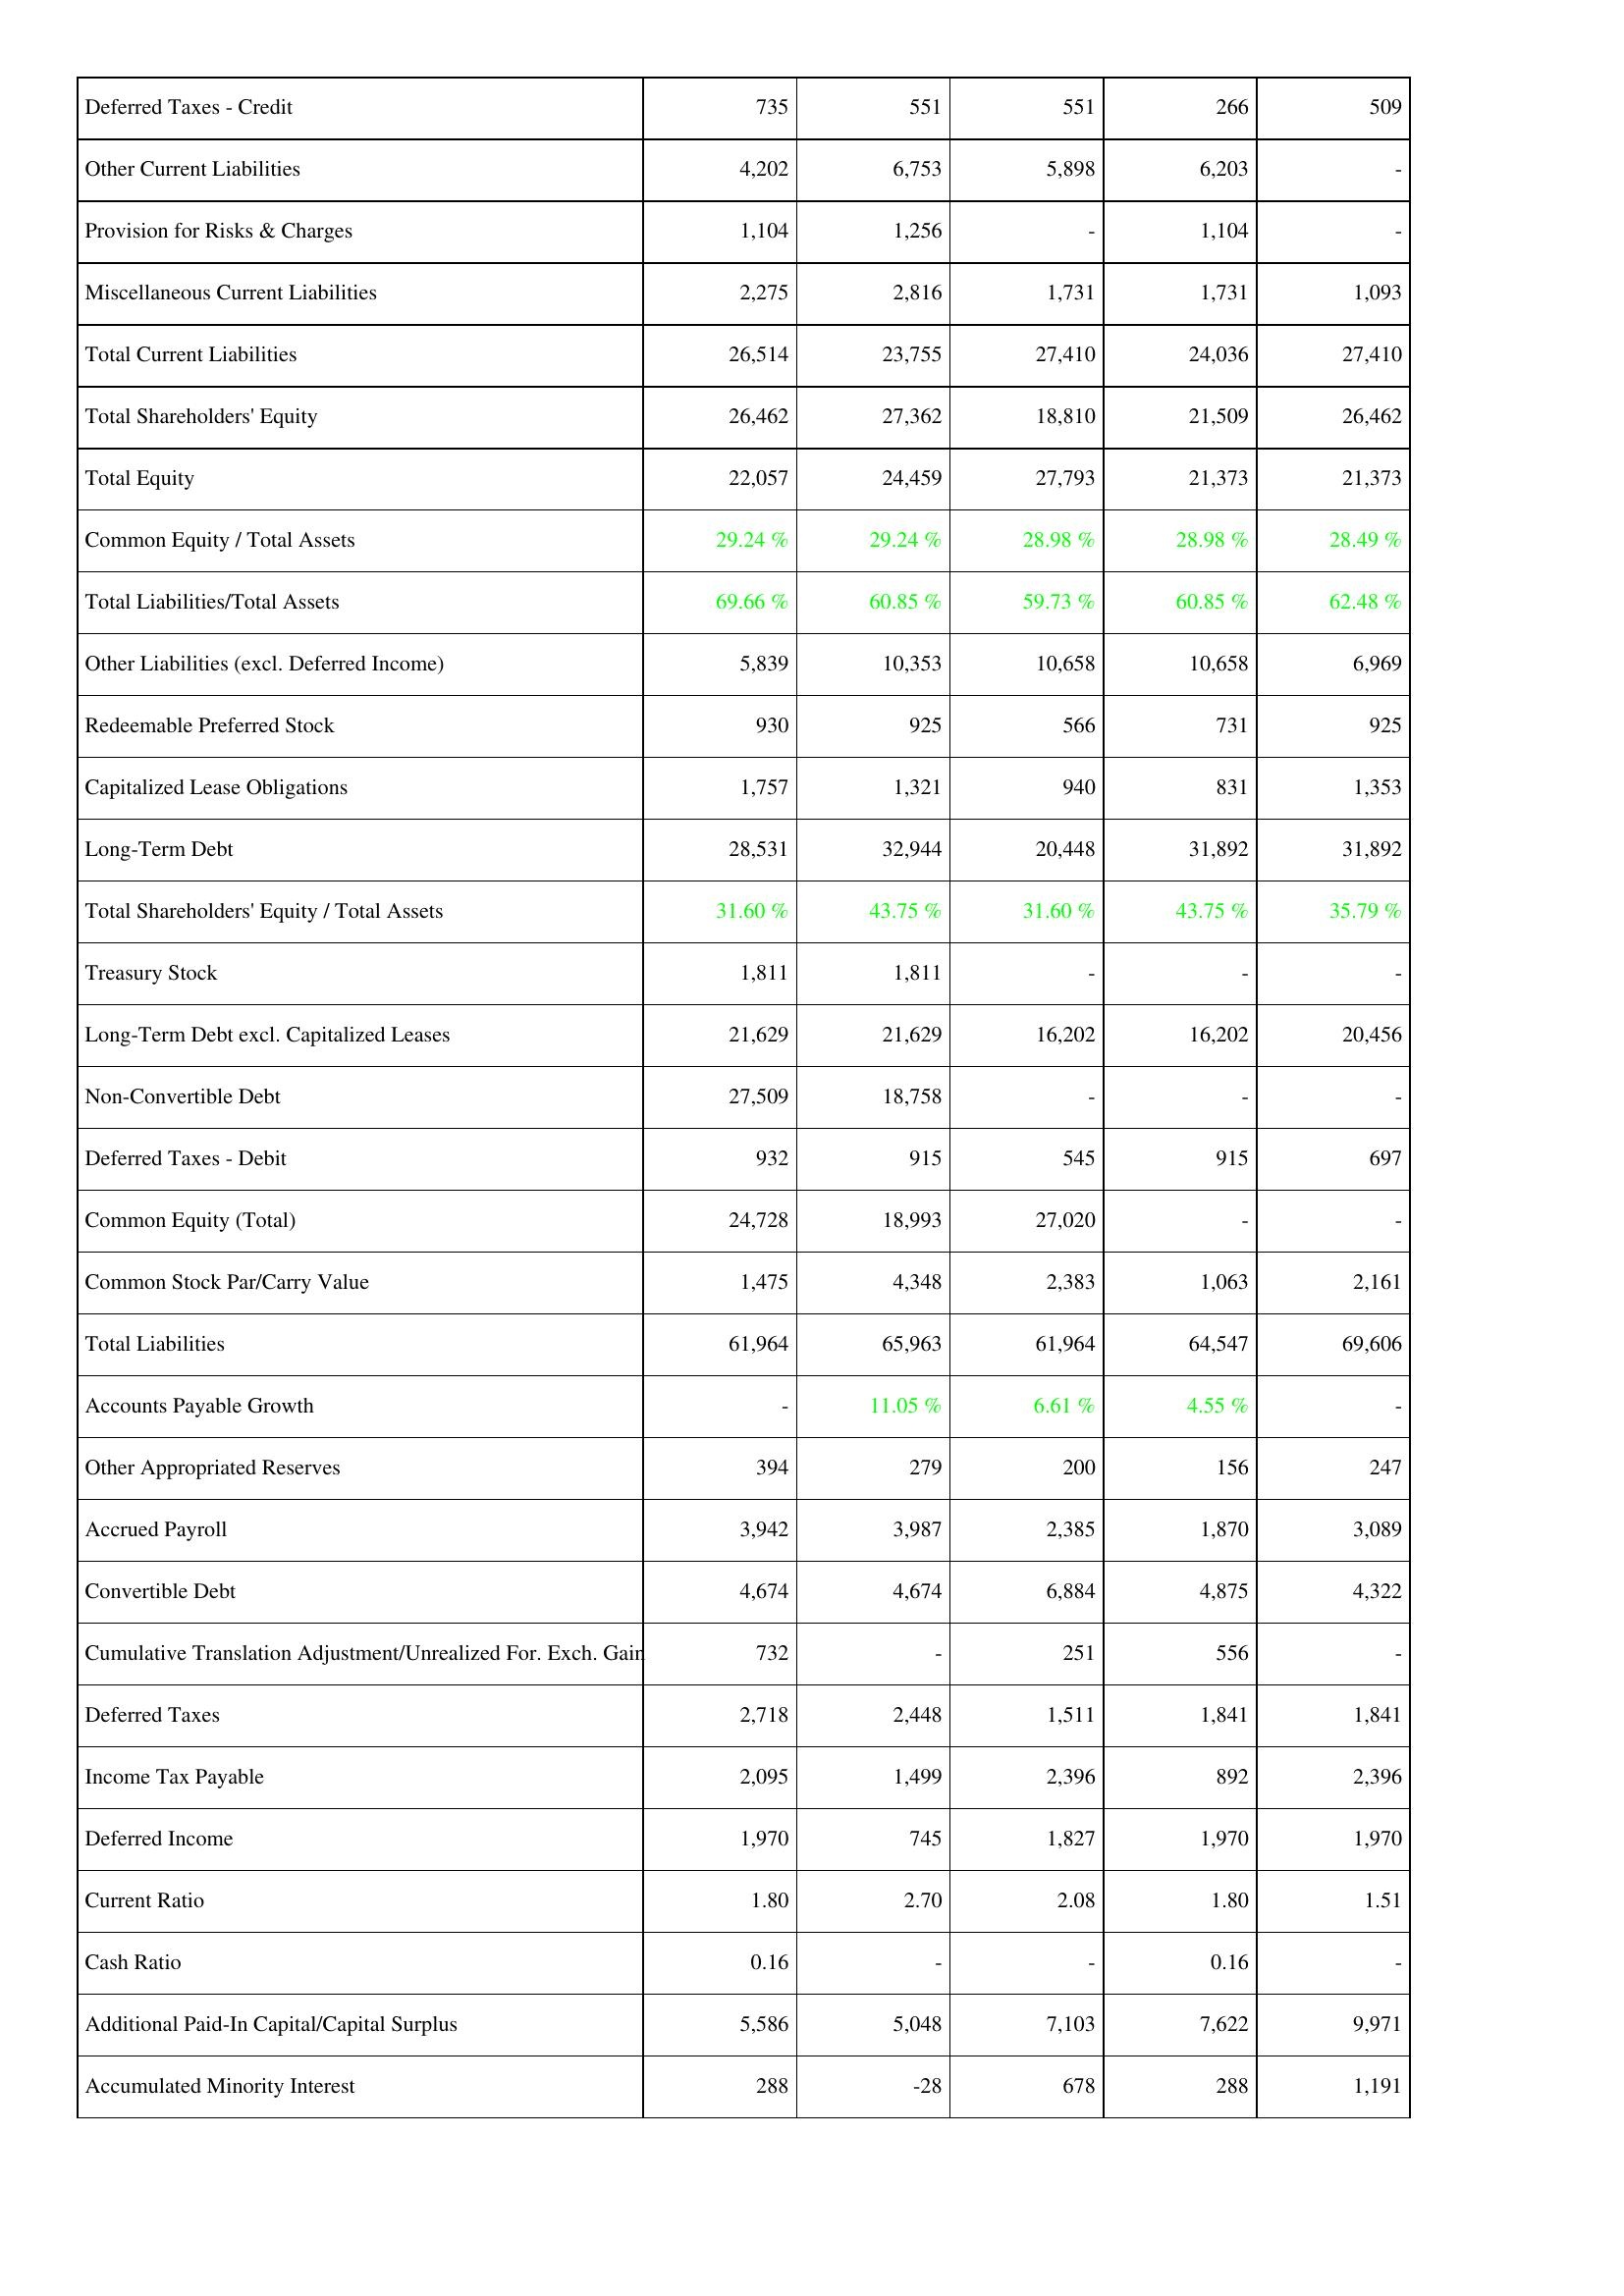
2018: Liabilities & Shareholders' Equity: Deferred Taxes - Credit: 735
Other Current Liabilities: 4,202
Provision for Risks & Charges: 1,104
Miscellaneous Current Liabilities: 2,275
Total Current Liabilities: 26,514
Total Shareholders' Equity: 26,462
Total Equity: 22,057
Common Equity / Total Assets: 29.24 %
Total Liabilities/Total Assets: 69.66 %
Other Liabilities (excl. Deferred Income): 5,839
Redeemable Preferred Stock: 930
Capitalized Lease Obligations: 1,757
Long-Term Debt: 28,531
Total Shareholders' Equity / Total Assets: 31.60 %
Treasury Stock: 1,811
Long-Term Debt excl. Capitalized Leases: 21,629
Non-Convertible Debt: 27,509
Deferred Taxes - Debit: 932
Common Equity (Total): 24,728
Common Stock Par/Carry Value: 1,475
Total Liabilities: 61,964
Accounts Payable Growth: -
Other Appropriated Reserves: 394
Accrued Payroll: 3,942
Convertible Debt: 4,674
Cumulative Translation Adjustment/Unrealized For. Exch. Gain: 732
Deferred Taxes: 2,718
Income Tax Payable: 2,095
Deferred Income: 1,970
Current Ratio: 1.80
Cash Ratio: 0.16
Additional Paid-In Capital/Capital Surplus: 5,586
Accumulated Minority Interest: 288
2017: Liabilities & Shareholders' Equity: Deferred Taxes - Credit: 551
Other Current Liabilities: 6,753
Provision for Risks & Charges: 1,256
Miscellaneous Current Liabilities: 2,816
Total Current Liabilities: 23,755
Total Shareholders' Equity: 27,362
Total Equity: 24,459
Common Equity / Total Assets: 29.24 %
Total Liabilities/Total Assets: 60.85 %
Other Liabilities (excl. Deferred Income): 10,353
Redeemable Preferred Stock: 925
Capitalized Lease Obligations: 1,321
Long-Term Debt: 32,944
Total Shareholders' Equity / Total Assets: 43.75 %
Treasury Stock: 1,811
Long-Term Debt excl. Capitalized Leases: 21,629
Non-Convertible Debt: 18,758
Deferred Taxes - Debit: 915
Common Equity (Total): 18,993
Common Stock Par/Carry Value: 4,348
Total Liabilities: 65,963
Accounts Payable Growth: 11.05 %
Other Appropriated Reserves: 279
Accrued Payroll: 3,987
Convertible Debt: 4,674
Cumulative Translation Adjustment/Unrealized For. Exch. Gain: -
Deferred Taxes: 2,448
Income Tax Payable: 1,499
Deferred Income: 745
Current Ratio: 2.70
Cash Ratio: -
Additional Paid-In Capital/Capital Surplus: 5,048
Accumulated Minority Interest: -28
2016: Liabilities & Shareholders' Equity: Deferred Taxes - Credit: 551
Other Current Liabilities: 5,898
Provision for Risks & Charges: -
Miscellaneous Current Liabilities: 1,731
Total Current Liabilities: 27,410
Total Shareholders' Equity: 18,810
Total Equity: 27,793
Common Equity / Total Assets: 28.98 %
Total Liabilities/Total Assets: 59.73 %
Other Liabilities (excl. Deferred Income): 10,658
Redeemable Preferred Stock: 566
Capitalized Lease Obligations: 940
Long-Term Debt: 20,448
Total Shareholders' Equity / Total Assets: 31.60 %
Treasury Stock: -
Long-Term Debt excl. Capitalized Leases: 16,202
Non-Convertible Debt: -
Deferred Taxes - Debit: 545
Common Equity (Total): 27,020
Common Stock Par/Carry Value: 2,383
Total Liabilities: 61,964
Accounts Payable Growth: 6.61 %
Other Appropriated Reserves: 200
Accrued Payroll: 2,385
Convertible Debt: 6,884
Cumulative Translation Adjustment/Unrealized For. Exch. Gain: 251
Deferred Taxes: 1,511
Income Tax Payable: 2,396
Deferred Income: 1,827
Current Ratio: 2.08
Cash Ratio: -
Additional Paid-In Capital/Capital Surplus: 7,103
Accumulated Minority Interest: 678
2015: Liabilities & Shareholders' Equity: Deferred Taxes - Credit: 266
Other Current Liabilities: 6,203
Provision for Risks & Charges: 1,104
Miscellaneous Current Liabilities: 1,731
Total Current Liabilities: 24,036
Total Shareholders' Equity: 21,509
Total Equity: 21,373
Common Equity / Total Assets: 28.98 %
Total Liabilities/Total Assets: 60.85 %
Other Liabilities (excl. Deferred Income): 10,658
Redeemable Preferred Stock: 731
Capitalized Lease Obligations: 831
Long-Term Debt: 31,892
Total Shareholders' Equity / Total Assets: 43.75 %
Treasury Stock: -
Long-Term Debt excl. Capitalized Leases: 16,202
Non-Convertible Debt: -
Deferred Taxes - Debit: 915
Common Equity (Total): -
Common Stock Par/Carry Value: 1,063
Total Liabilities: 64,547
Accounts Payable Growth: 4.55 %
Other Appropriated Reserves: 156
Accrued Payroll: 1,870
Convertible Debt: 4,875
Cumulative Translation Adjustment/Unrealized For. Exch. Gain: 556
Deferred Taxes: 1,841
Income Tax Payable: 892
Deferred Income: 1,970
Current Ratio: 1.80
Cash Ratio: 0.16
Additional Paid-In Capital/Capital Surplus: 7,622
Accumulated Minority Interest: 288
2014: Liabilities & Shareholders' Equity: Deferred Taxes - Credit: 509
Other Current Liabilities: -
Provision for Risks & Charges: -
Miscellaneous Current Liabilities: 1,093
Total Current Liabilities: 27,410
Total Shareholders' Equity: 26,462
Total Equity: 21,373
Common Equity / Total Assets: 28.49 %
Total Liabilities/Total Assets: 62.48 %
Other Liabilities (excl. Deferred Income): 6,969
Redeemable Preferred Stock: 925
Capitalized Lease Obligations: 1,353
Long-Term Debt: 31,892
Total Shareholders' Equity / Total Assets: 35.79 %
Treasury Stock: -
Long-Term Debt excl. Capitalized Leases: 20,456
Non-Convertible Debt: -
Deferred Taxes - Debit: 697
Common Equity (Total): -
Common Stock Par/Carry Value: 2,161
Total Liabilities: 69,606
Accounts Payable Growth: -
Other Appropriated Reserves: 247
Accrued Payroll: 3,089
Convertible Debt: 4,322
Cumulative Translation Adjustment/Unrealized For. Exch. Gain: -
Deferred Taxes: 1,841
Income Tax Payable: 2,396
Deferred Income: 1,970
Current Ratio: 1.51
Cash Ratio: -
Additional Paid-In Capital/Capital Surplus: 9,971
Accumulated Minority Interest: 1,191